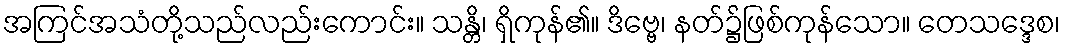
အကြင်အသံတို့သည်လည်းကောင်း။ သန္တိ၊ ရှိကုန်၏။ ဒိဗ္ဗေ၊ နတ်၌ဖြစ်ကုန်သော။ တေသဒ္ဒေစ၊